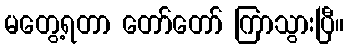
မတွေ့ရတာ တော်တော် ကြာသွားပြီ။